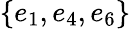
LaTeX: \{ e_{1},e_{4},e_{6}\}